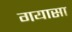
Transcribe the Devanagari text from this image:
गयासा